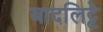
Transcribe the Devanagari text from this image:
बादलिट्टे